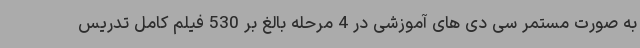
به صورت مستمر سی دی های آموزشی در 4 مرحله بالغ بر 530 فیلم کامل تدریس